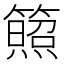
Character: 𥵕